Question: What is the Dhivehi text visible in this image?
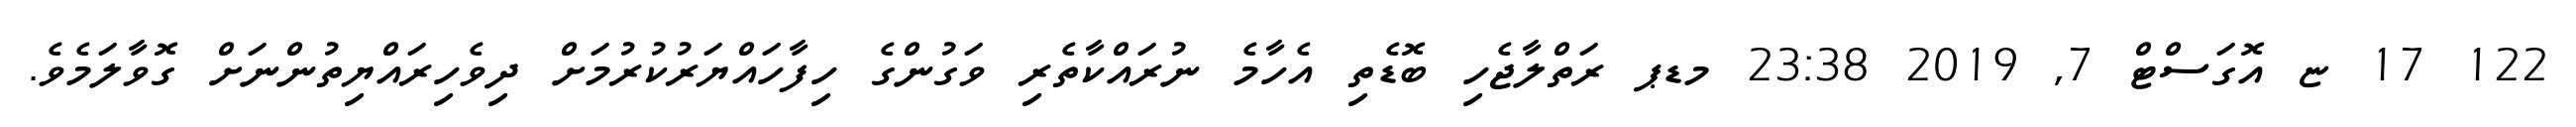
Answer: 122 17 ޏ އޮގަސްޓް 7, 2019 23:38 މޑޕ ރަތްލާޖެހި ބޮޑެތި އެހާމެ ނުރައްކާތެރި ވަގުންގެ ހިފާހައްޔަރުކުރުމަށް ދިވެހިރައްޔިތުންނަށް ގޮވާލަމެވެ.